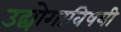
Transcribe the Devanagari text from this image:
उद्योगाविषयी